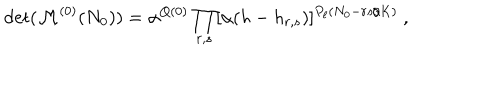
\det ( { \cal M } ^ { ( 0 ) } ( N _ { 0 } ) ) = \alpha ^ { Q ( 0 ) } \prod _ { r , s } [ \alpha ( h - h _ { r , s } ) ] ^ { P _ { \ell } ( N _ { 0 } - r s / K ) } { } ~ ,